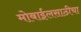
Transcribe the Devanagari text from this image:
मोबाईलसाठीचा